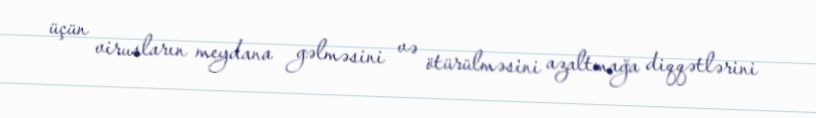
üçün virusların meydana gəlməsini və ötürülməsini azaltmağa diqqətlərini